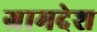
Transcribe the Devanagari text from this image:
ग्रामदेश